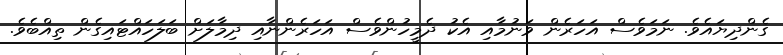
ގެންދިޔައެވެ. ނަމަވެސް އަހަރެން ވަނުމާއި އެކު ދެމީހުންވެސް އަހަރެންނާއި ދިމާލަށް ބަލަހައްޓައިގެން ތިއްބެވެ.